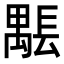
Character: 𨲖